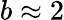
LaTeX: b\approx 2